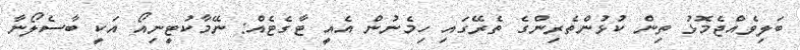
ބަލިވެއްޖެމޮޅު ތިން ކުޅުންތެރިންގެ ތެރޭގައި ހިމެނުން އެއީ ޓާގެޓެއް: ނޭމާކުޓީނިއޯ އަކީ ބާސެލޯނާ